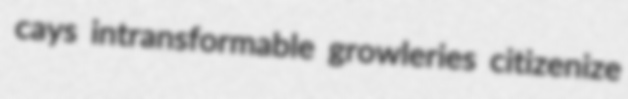
cays intransformable growleries citizenize